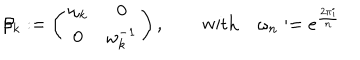
\beta _ { k } : = \left( \begin{matrix} { { \omega _ { k } } } & { { 0 } } \\ { { 0 } } & { { \omega _ { k } ^ { - 1 } } } \\ \end{matrix} \right) , \qquad \mathrm { w i t h } \quad \omega _ { n } : = e ^ { \frac { 2 \pi i } { n } }